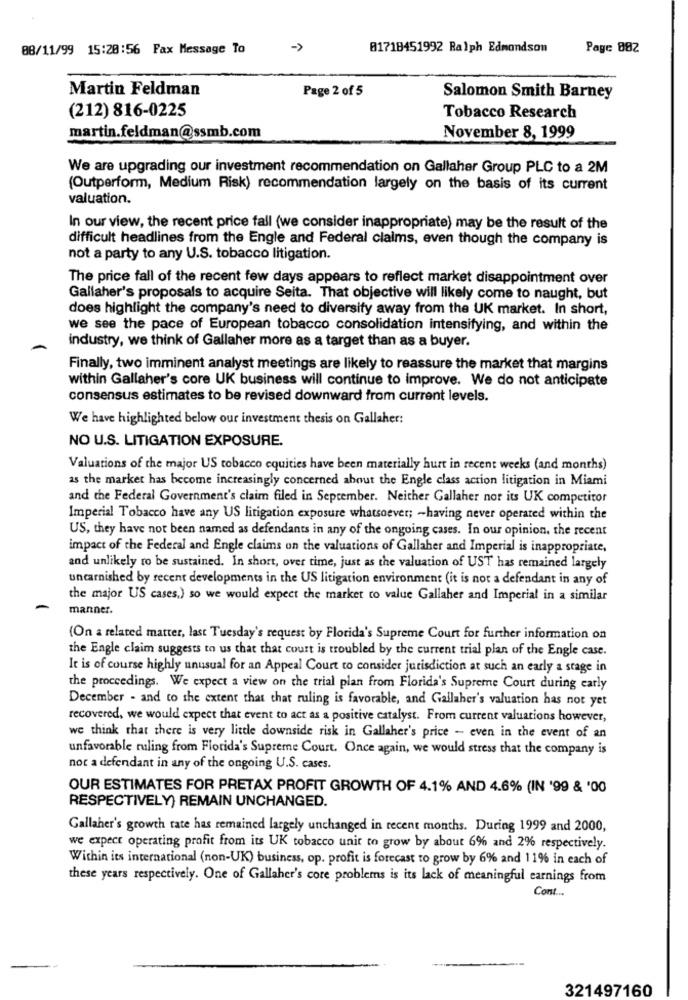
08/11/99 15:20:56 Fax Message To
01718451992 Ralph Edmondson
Page 082
Martin Feldman
Page 2 of 5
Salomon Smith Barney
(212) 816-0225
Tobacco Research
martin.feldman@ssmb.com
November 8, 1999
We are upgrading our investment recommendation on Gallaher Group PLC to a 2M
(Outperform, Medium Risk) recommendation largely on the basis of its current
valuation.
In our view, the recent price fall (we consider inappropriate) may be the result of the
difficult headlines from the Engle and Federal claims, even though the company is
not a party to any U.S. tobacco litigation.
The price fall of the recent few days appears to reflect market disappointment over
Gallaher's proposals to acquire Seita. That objective will likely come to naught, but
does highlight the company's need to diversify away from the UK market. In short,
we see the pace of European tobacco consolidation intensifying, and within the
industry, we think of Gallaher more as a target than as a buyer.
Finally, two imminent analyst meetings are likely to reassure the market that margins
within Gallaher's core UK business will continue to improve. We do not anticipate
consensus estimates to be revised downward from current levels.
We have highlighted below our investment thesis on Gallaher:
NO U.S. LITIGATION EXPOSURE.
Valuations of the major US tobacco equities have been materially hurt in recent weeks (and months)
as the market has become increasingly concerned about the Engle class action litigation in Miami
and the Federal Government's claim filed in September. Neither Gallaher nor its UK competitor
Imperial Tobacco have any US litigation exposure whatsoever; - having never operated within the
US, they have not been named as defendants in any of the ongoing cases. In our opinion. the recent
impact of the Federal and Engle claims on the valuations of Gallaher and Imperial is inappropriate,
and unlikely ro be sustained. In short, over time, just as the valuation of UST has remained largely
uncarnished by recent developments in the US litigation environment (it is not a defendant in any of
the major US cases,) so we would expect the market to value Gallaher and Imperial in a similar
manner.
(On a related matter, last Tuesday's request by Florida's Supreme Court for further information on
the Engle claim suggests to us that that court is troubled by the current trial plan of the Engle case.
It is of course highly unusual for an Appeal Court to consider jurisdiction at such an early a stage in
the proceedings. We expect a view on the trial plan from Florida's Supreme Court during early
December - and to the extent that that ruling is favorable, and Gallaher's valuation has not yet
recovered, we would expect that event to act as a positive catalyst. From current valuations however,
we think that there is very little downside risk in Gallaher's price - even in the event of an
unfavorable ruling from Florida's Supreme Court. Once again, we would stress that the company is
not a defendant in any of the ongoing U.S. cases.
OUR ESTIMATES FOR PRETAX PROFIT GROWTH OF 4.1% AND 4.6% (IN '99 & '00
RESPECTIVELY) REMAIN UNCHANGED.
Gallaher's growth rate has remained largely unchanged in recent months. During 1999 and 2000,
we expect operating profit from its UK tobacco unit to grow by about 6% and 2% respectively.
Within its international (non-UK) business, op. profit is forecast to grow by 6% and 11% in each of
these years respectively. One of Gallaher's core problems is its lack of meaningful earnings from
Cont ...
321497160